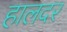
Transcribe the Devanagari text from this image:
हालदर